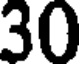
30